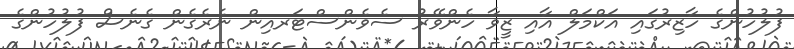
ފުލުހުންގެ ހާޒިރުގައި އަކްމަލް އާއި ޒީވާ ހެންވޭރު ސެވެންސްޓަރއިން ނެރެގެން ގެނެސް ފުލުހުންގެ